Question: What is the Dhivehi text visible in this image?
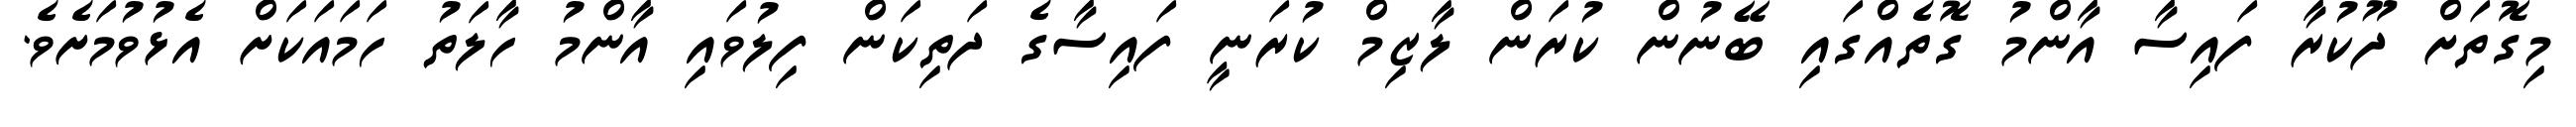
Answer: މިގޮތަށް ދޫކުރާ ފައިސާ އާންމު ގޮތެއްގައި ބޭނުން ކުރަން ލާޒިމް ކުރަނީ ފައިސާގެ ދަތިކަން ފިލުވައި އާންމު ހާލަތު ހަމައަކަށް އެޅުވުމަށެވެ.